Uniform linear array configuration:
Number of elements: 12
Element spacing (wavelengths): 1
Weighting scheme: uniform
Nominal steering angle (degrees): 30
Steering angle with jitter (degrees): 29.145
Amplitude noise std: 0.05
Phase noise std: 0.05

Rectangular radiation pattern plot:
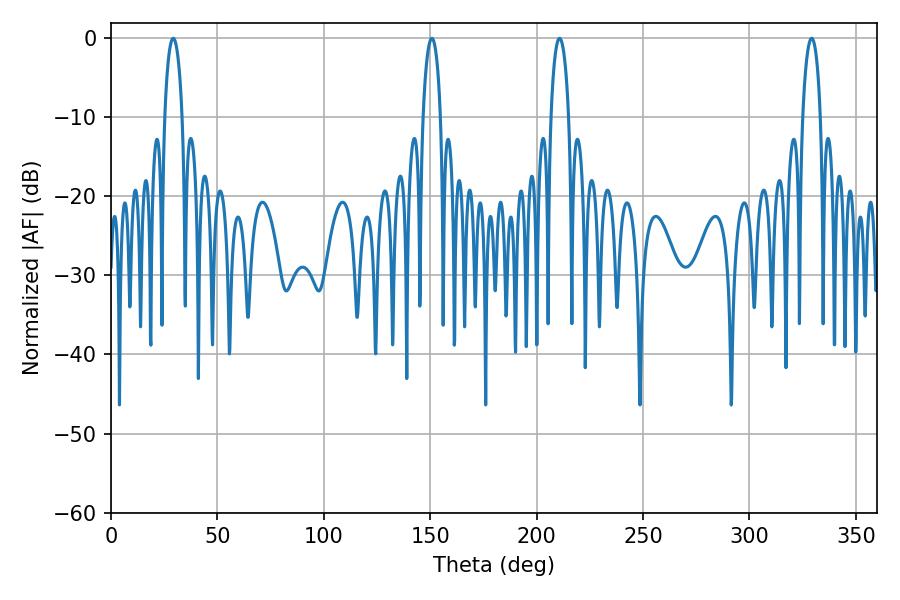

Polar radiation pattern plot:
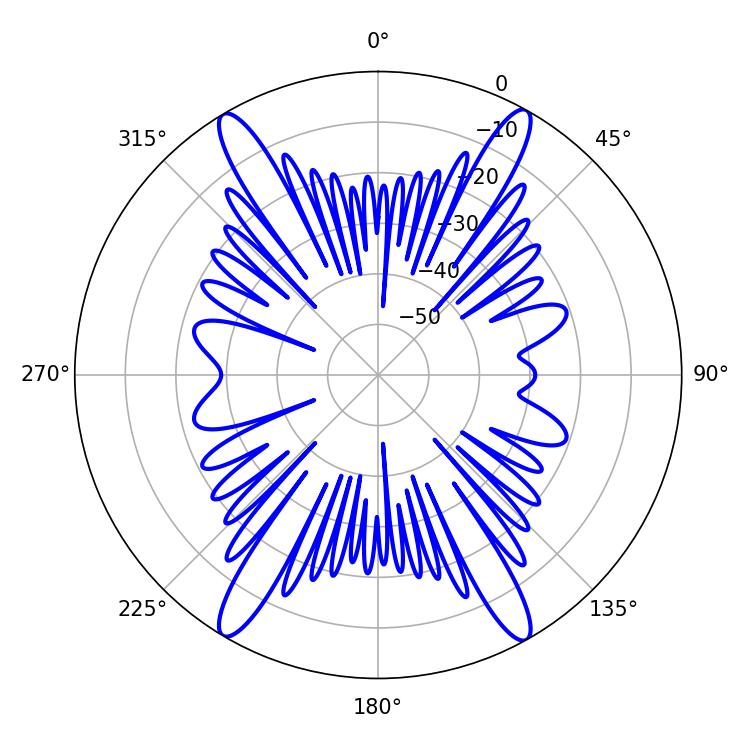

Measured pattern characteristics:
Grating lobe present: TRUE
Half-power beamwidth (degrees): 4.68
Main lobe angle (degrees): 329.22